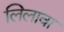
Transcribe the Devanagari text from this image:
लिलावा